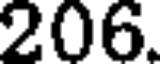
206.